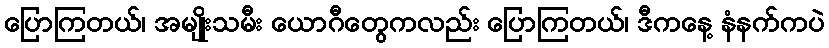
ပြောကြတယ်၊ အမျိုးသမီး ယောဂီတွေကလည်း ပြောကြတယ်၊ ဒီကနေ့ နံနက်ကပဲ